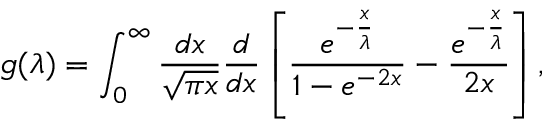
g ( \lambda ) = \int _ { 0 } ^ { \infty } \frac { d x } { \sqrt { \pi x } } \frac { d } { d x } \left[ \frac { e ^ { - \frac { x } { \lambda } } } { 1 - e ^ { - 2 x } } - \frac { e ^ { - \frac { x } { \lambda } } } { 2 x } \right] ,